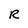
Character: R